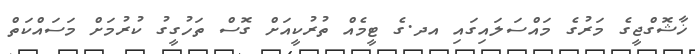
ޚާޝޮގްޖީގެ މަރުގެ މައްސަލައިގައި އދ.ގެ ޓީމެއް ތުރުކީއަށް ގޮސް ތަހުގީގު ކުރުމަށް މަސައްކަތް